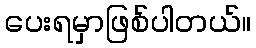
ပေးရမှာဖြစ်ပါတယ်။